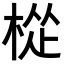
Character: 𪲧